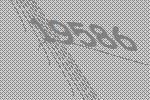
19586